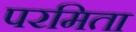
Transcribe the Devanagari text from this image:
परमिता